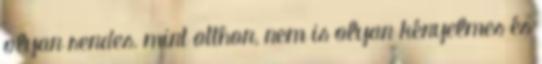
olyan rendes, mint otthon, nem is olyan kényelmes és